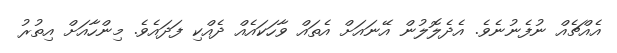
އެއްޗެއް ނުފެނުނެވެ. އެދެލޮލުން އޭނައަށް އެތައް ވާހަކައެއް ދެއްކި ފަދައެވެ. މިންހާއަށް އިތުރު